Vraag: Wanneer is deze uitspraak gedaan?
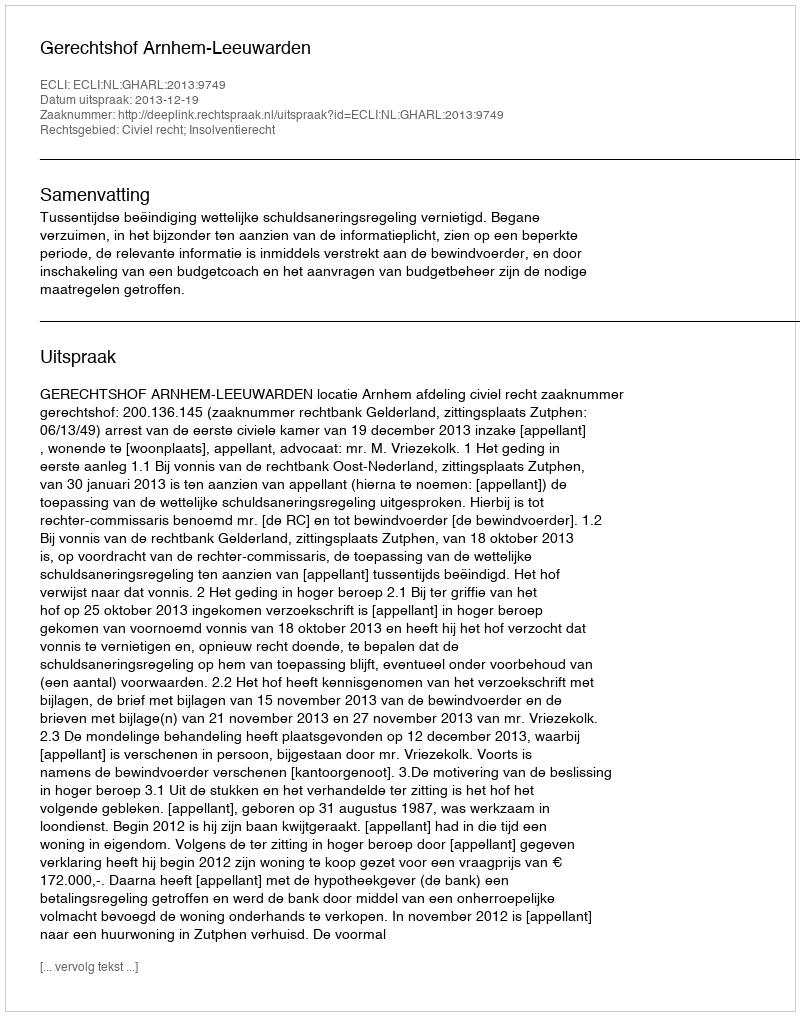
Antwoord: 2013-12-19